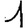
Digit: 1